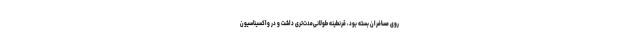
روی مسافران بسته بود، قرنطینه طولانی‌مدت‌تری داشت و در واکسیناسیون